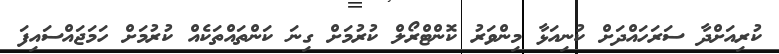
ކުރިއަށްދާ ސަރަހައްދަށް ކުނިއަޅާ މިންވަރު ކޮންޓްރޯލް ކުރުމަށް ގިނަ ކަންތައްތަކެއް ކުރުމަށް ހަމަޖައްސައިފަ